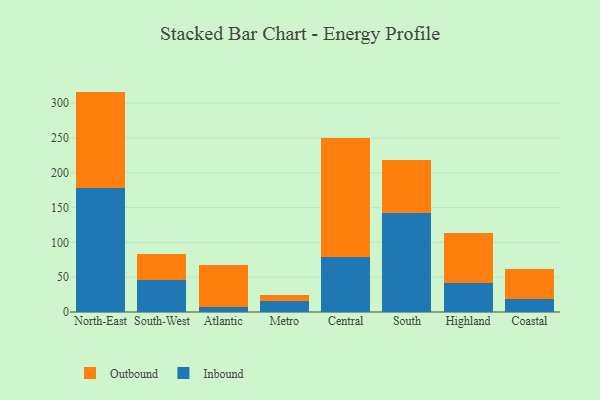
{"axis": {"x": "Region", "y": "Latency (ms)"}, "legend": ["Inbound", "Outbound"], "data": [{"x": "North-East", "y": 178.8, "type": "Inbound"}, {"x": "North-East", "y": 137.9, "type": "Outbound"}, {"x": "South-West", "y": 45.6, "type": "Inbound"}, {"x": "South-West", "y": 37.5, "type": "Outbound"}, {"x": "Atlantic", "y": 7.0, "type": "Inbound"}, {"x": "Atlantic", "y": 60.7, "type": "Outbound"}, {"x": "Metro", "y": 15.2, "type": "Inbound"}, {"x": "Metro", "y": 8.9, "type": "Outbound"}, {"x": "Central", "y": 79.5, "type": "Inbound"}, {"x": "Central", "y": 169.9, "type": "Outbound"}, {"x": "South", "y": 141.9, "type": "Inbound"}, {"x": "South", "y": 76.6, "type": "Outbound"}, {"x": "Highland", "y": 41.4, "type": "Inbound"}, {"x": "Highland", "y": 72.7, "type": "Outbound"}, {"x": "Coastal", "y": 18.0, "type": "Inbound"}, {"x": "Coastal", "y": 44.3, "type": "Outbound"}]}